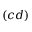
( c d )